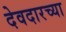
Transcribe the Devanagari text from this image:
देवदारच्या